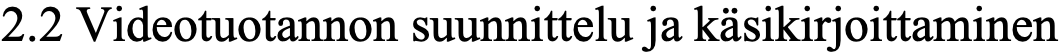
2.2 Videotuotannon suunnittelu ja käsikirjoittaminen